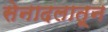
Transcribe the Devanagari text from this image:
सेनादलातून